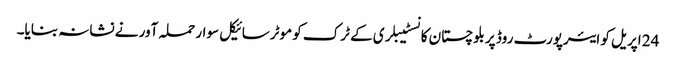
24 اپریل کو ایئرپورٹ روڈ پر بلوچستان کانسٹیبلری کے ٹرک کو موٹرسائیکل سوار حملہ آور نے نشانہ بنایا۔